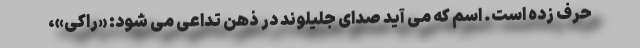
حرف زده است. اسم که می آید صدای جلیلوند در ذهن تداعی می شود: «راکی»،